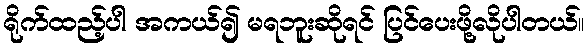
ရိုက်ထည့်ပါ အကယ်၍ မရဘူးဆိုရင် ပြင်ပေးဖို့လိုပါတယ်။